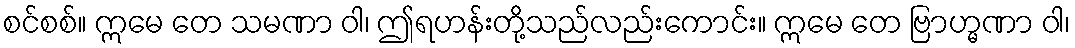
စင်စစ်။ ဣမေ တေ သမဏာ ဝါ၊ ဤရဟန်းတို့သည်လည်းကောင်း။ ဣမေ တေ ဗြာဟ္မဏာ ဝါ၊